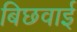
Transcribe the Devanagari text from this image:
बिछवाई